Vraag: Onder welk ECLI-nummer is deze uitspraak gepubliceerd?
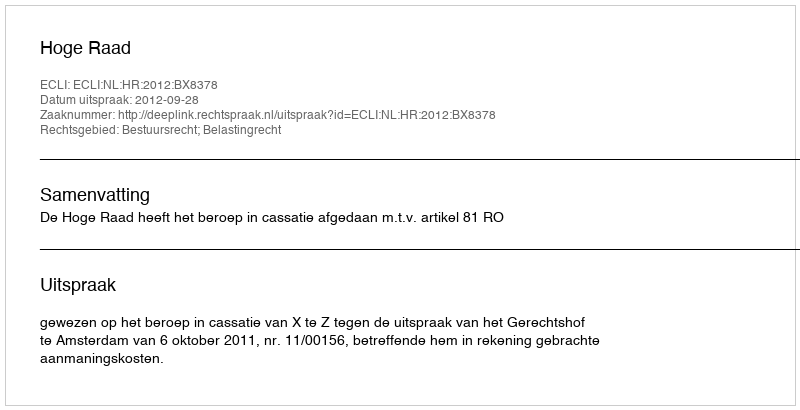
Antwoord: ECLI:NL:HR:2012:BX8378